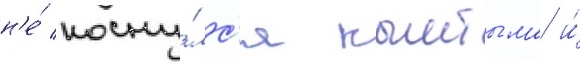
н'е́ косну́лс'я кыштыма и́